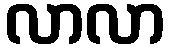
လာလာ